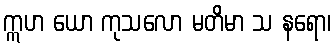
ဣဟ ယော ကုသလော မတိမာ သ နရော၊